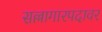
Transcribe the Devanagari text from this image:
सल्लागारपदावर